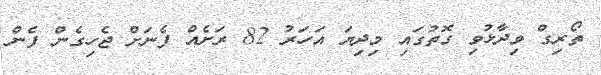
ތޯރިގް ވިދާޅުވި ގޮތުގައި މިދިޔަ އަހަރު 82 ރަށެއް ފެނަށް ޖެހިގެން ފެން